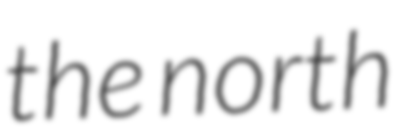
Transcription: the north